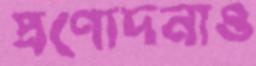
প্রণোদনাও